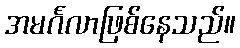
အမင်္ဂလာဖြစ်နေသည်။